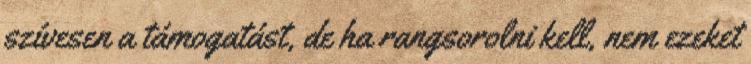
szívesen a támogatást, de ha rangsorolni kell, nem ezeket